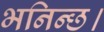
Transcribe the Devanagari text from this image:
भनिन्छ।